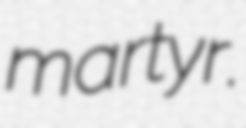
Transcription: martyr.